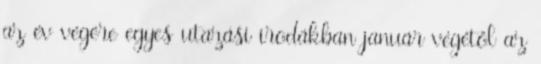
az év végére egyes utazási irodákban január végétől az